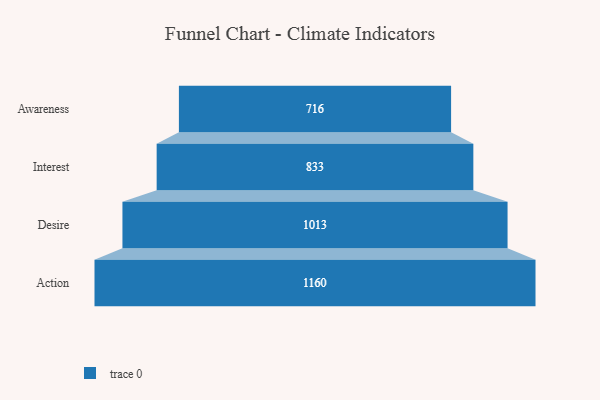
{"axis": {"x": "Stage", "y": "Value"}, "legend": [""], "data": [{"x": "Awareness", "y": 716.0, "type": ""}, {"x": "Interest", "y": 833.0, "type": ""}, {"x": "Desire", "y": 1013.0, "type": ""}, {"x": "Action", "y": 1160.0, "type": ""}]}